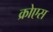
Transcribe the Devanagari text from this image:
क्रोएस